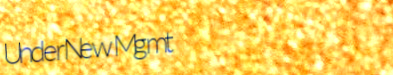
UnderNewMgmt